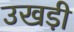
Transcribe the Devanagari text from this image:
उखडी़